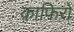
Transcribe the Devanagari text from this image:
क़ाफिरों